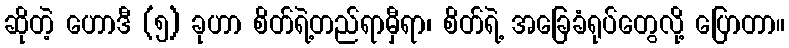
ဆိုတဲ့ ဟောဒီ (၅) ခုဟာ စိတ်ရဲ့တည်ရာမှီရာ၊ စိတ်ရဲ့ အခြေခံရုပ်တွေလို့ ပြောတာ။